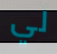
لي